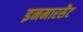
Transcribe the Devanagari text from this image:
इनमारसैट